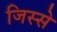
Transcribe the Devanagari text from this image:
जिस्‍से